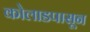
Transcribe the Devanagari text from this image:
कोलाडपासून